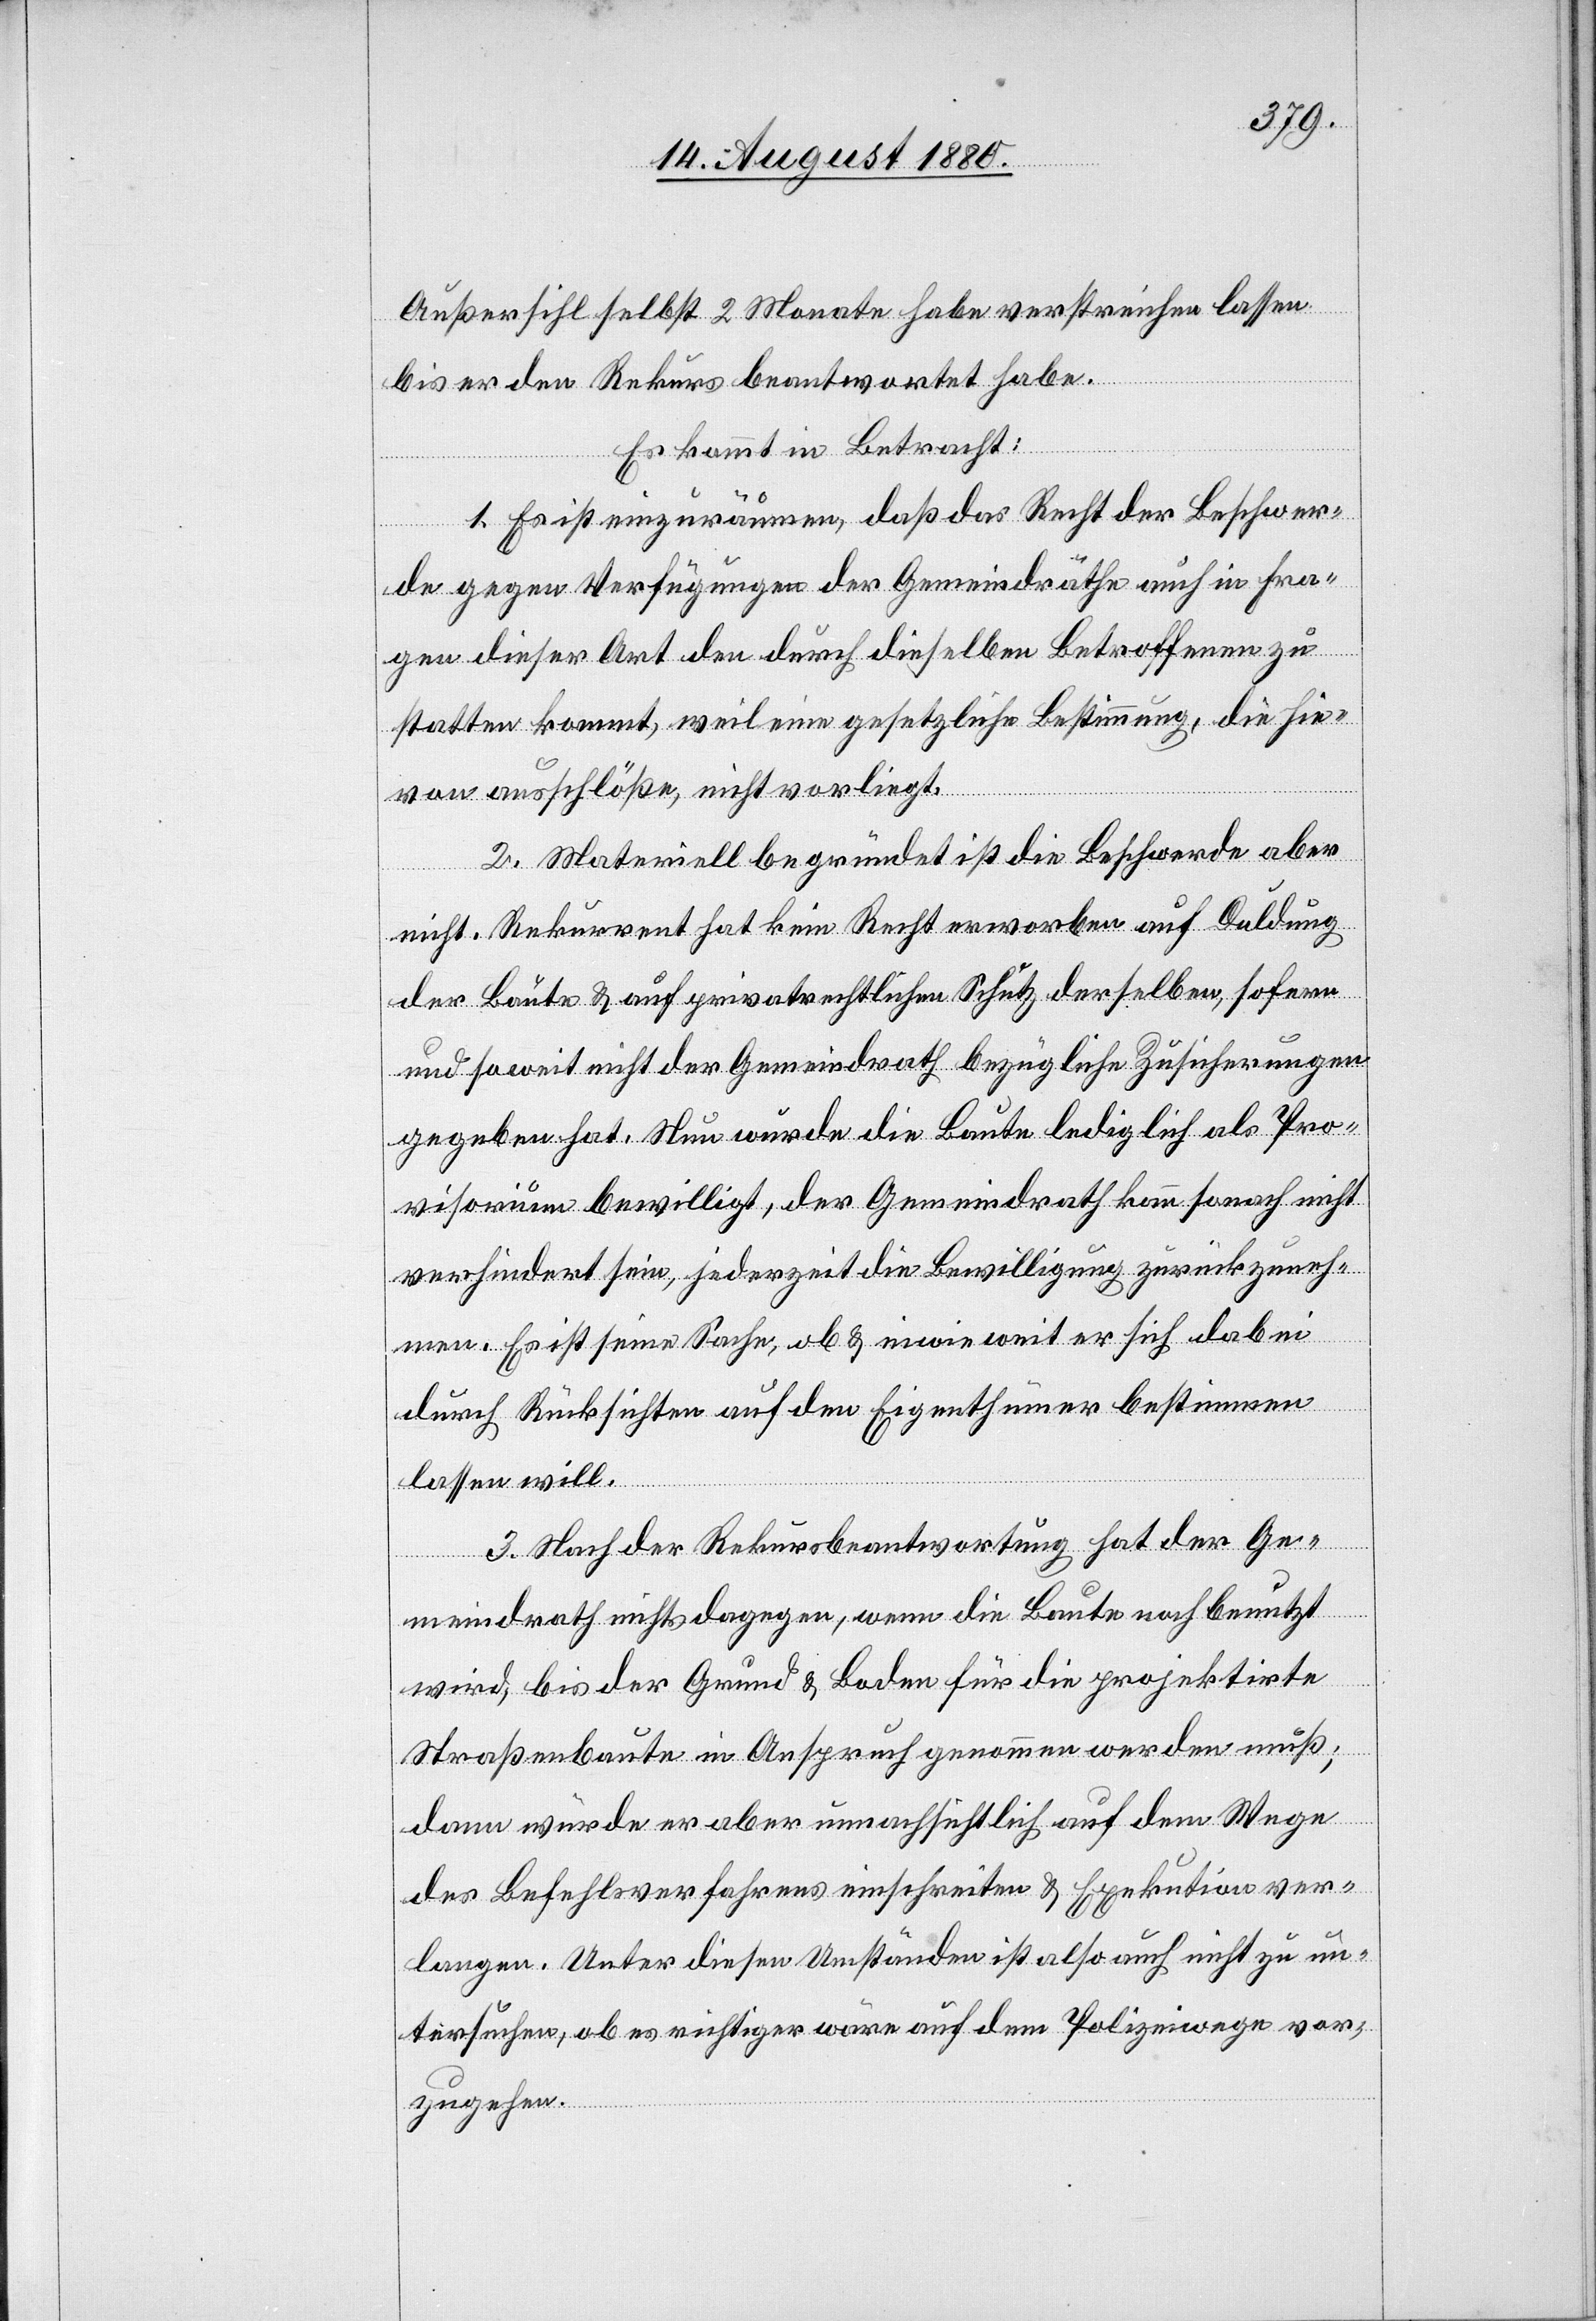
Außersihl selbst 2 Monate habe verstreichen lassen
bis er den Rekurs beantwortet habe.
Es kommt in Betracht:
1. Es ist einzuräumen, daß das Recht der Beschwer¬
de gegen Verfügungen der Gemeindräthe auch in Fra¬
gen dieser Art den durch dieselben Betroffenen zu
statten kommt, weil eine gesetzliche Bestimmung, die hie¬
von ausschlöße, nicht vorliegt.
2. Materiell begründet ist die Beschwerde aber
nicht. Rekurrent hat kein Recht erworben auf Duldung
der Baute & auf privatrechtlichen Schutz derselben, sofern
und soweit nicht der Gemeindrath bezügliche Zusicherungen
gegeben hat. Nun wurde die Baute lediglich als Pro¬
visorium bewilligt, der Gemeindrath kann sonach nicht
verhindert sein, jederzeit die Bewilligung zurückzuneh¬
men. Es ist seine Sache, ob & inwieweit er sich dabei
durch Rücksichten auf den Eigenthümer bestimmen
lassen will.
3. Nach der Rekursbeantwortung hat der Ge¬
meindrath nichts dagegen, wenn die Baute noch benutzt
wird, bis der Grund & Boden für die projektirte
Straßenbaute in Anspruch genommen werden muß;
dann würde er aber unnachsichtlich auf dem Wege
des Befehlsverfahrens einschreiten & Exekution ver¬
langen. Unter diesen Umständen ist also auch nicht zu un¬
tersuchen, ob es richtiger wäre auf dem Polizeiwege vor¬
zugehen.